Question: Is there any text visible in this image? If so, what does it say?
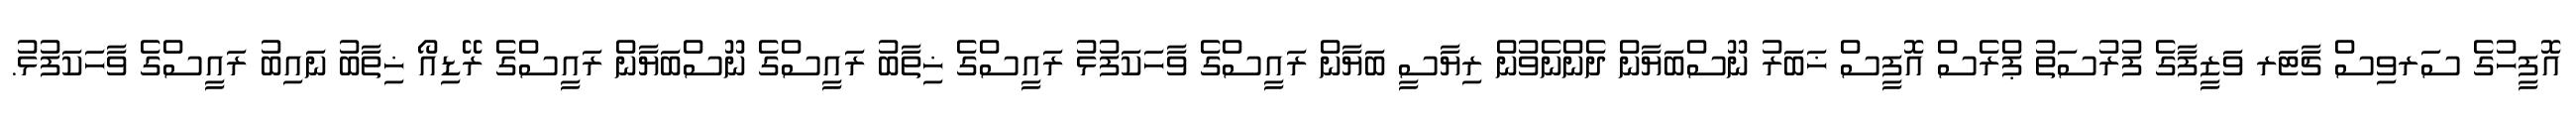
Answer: އޮފީހުގެ ސަރވިސް ޗާޓަރ ވަޒީފާގެ ފުރުސަތު ޕްރެސް އޮފީސް ޚަބަރު ނޫސްބަޔާން ދެންނެވުން ރިޔާސީ ބަޔާން ރައީސްގެ ވާހަކަފުޅު ރައީސްގެ ޚިތާބު ރައީސްގެ ނޫސްބަޔާން ރައީސްގެ ރޭޑިއޯ ޚިތާބު ނައިބު ރައީސްގެ ވާހަކަފުޅު.